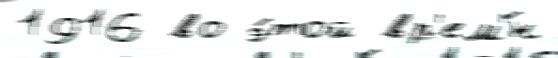
1916 во э́той вр'ем'́н